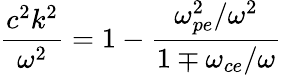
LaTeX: \frac{c^{2}k^{2}}{\omega^{2}}=1-\frac{\omega_{pe}^{2}/\omega^{2}}{1\mp\omega_{ce}/\omega}